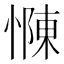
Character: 𢠣